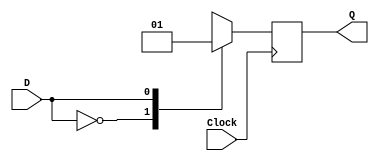
module SD_DFF(Clock,D,Q);
    input Clock;
    input D;
    output Q;
  	 reg Q;
  	 
  	 
  	 initial
  	 begin
  	   Q=1'b0;
	  end
	  
	  always @(posedge Clock)
	  begin
	    case({D})
	      1'b0:
	      begin 
	        Q=1'b0;
	      end
	      
	      1'b1:
	      begin
	       Q=1'b1;
	       end
endcase
end
endmodule